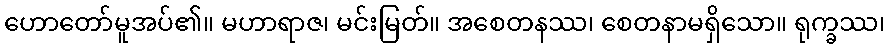
ဟောတော်မူအပ်၏။ မဟာရာဇ၊ မင်းမြတ်။ အစေတနဿ၊ စေတနာမရှိသော။ ရုက္ခဿ၊